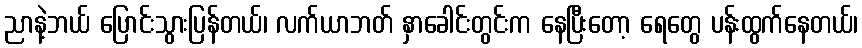
ညာနဲ့ဘယ် ပြောင်းသွားပြန်တယ်၊ လက်ယာဘတ် နှာခေါင်းတွင်းက နေပြီးတော့ ရေတွေ ပန်းထွက်နေတယ်၊